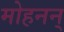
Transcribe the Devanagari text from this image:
मोहनन्